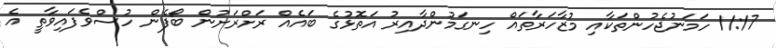
11:17 ހަމަނުޖެހުންތަކާއި މުޒާހަރާތައް ހިނގަމުންދާއިރު އަތޮޅުގެ ބައެއް ރަށްރަށުން ބޯފެން ހުސްވެފައިވާތީ އެ